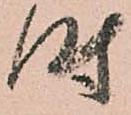
時